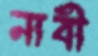
নাবী